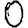
Digit: 0